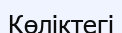
Көліктегі